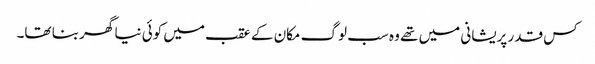
کس قدر پریشانی میں تھے وہ سب لوگ مکان کے عقب میں کوئی نیا گھر بنا تھا۔